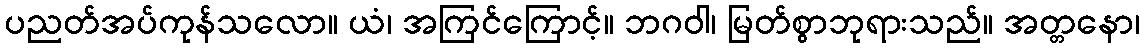
ပညတ်အပ်ကုန်သလော။ ယံ၊ အကြင်ကြောင့်။ ဘဂဝါ၊ မြတ်စွာဘုရားသည်။ အတ္တနော၊